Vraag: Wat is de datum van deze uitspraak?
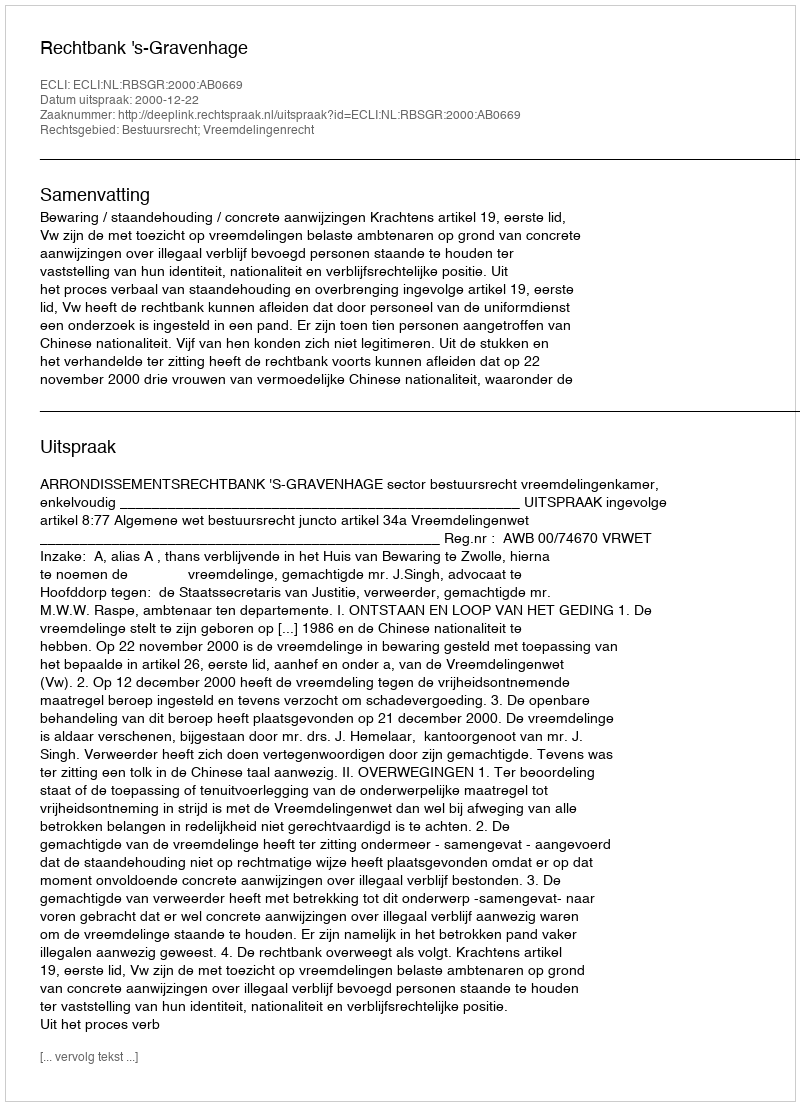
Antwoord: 2000-12-22